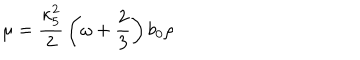
LaTeX: \mu = { \frac { \kappa _ { 5 } ^ { 2 } } { 2 } } \left( \omega + { \frac { 2 } { 3 } } \right) b _ { 0 } \rho